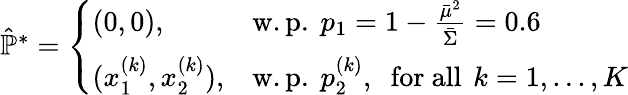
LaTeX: \begin{array}{r}{\hat{\mathbb{P}}^{*}=\left\{ \begin{array}{ll}{(0,0),\, }&{\mathrm{w.p.~}p_{1}=1-\frac{\bar{\mu}^{2}}{\bar{\Sigma}}=0.6}\\ {(x_{1}^{(k)},x_{2}^{(k)}),}&{\mathrm{w.p.~}p_{2}^{(k)},\; \mathrm{~for~all~}\, k=1,...,K}\end{array}\right.}\end{array}